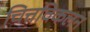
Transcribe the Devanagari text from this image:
चित्तविकलन